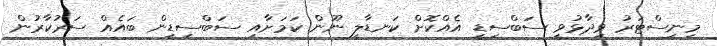
މިނިސްޓަރު ވިދާޅުވީ ސަބްސިޑީ އެއްކޮށް ކަނޑާލީ ނޫން ކަމަށާއި ސަބްސިޑީން ބައެއް ސަރުކާރުން